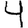
Digit: 4